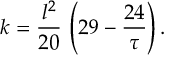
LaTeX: k = { \frac { l ^ { 2 } } { 2 0 } } \, \left( 2 9 - { \frac { 2 4 } { \tau } } \right) .